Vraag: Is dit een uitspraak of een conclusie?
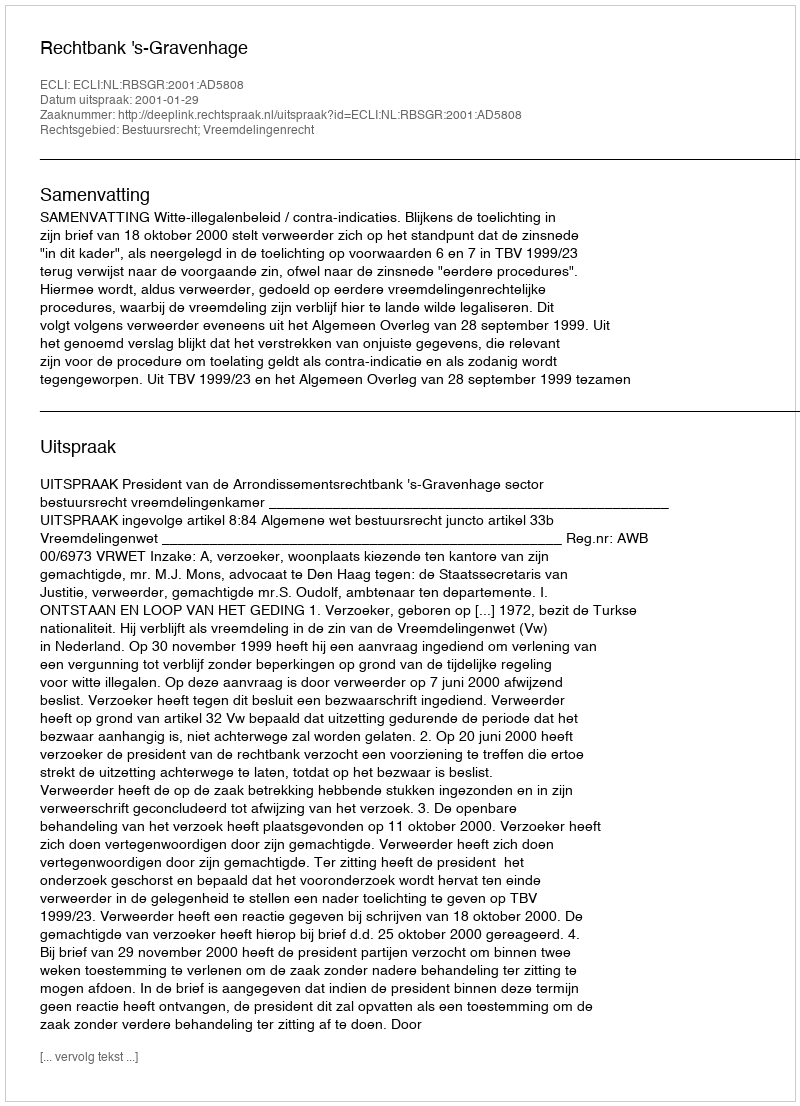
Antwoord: Uitspraak